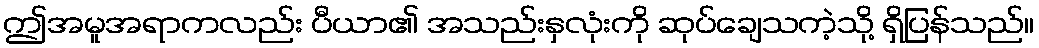
ဤအမူအရာကလည်း ပီယာ၏ အသည်းနှလုံးကို ဆုပ်ချေသကဲ့သို့ ရှိပြန်သည်။